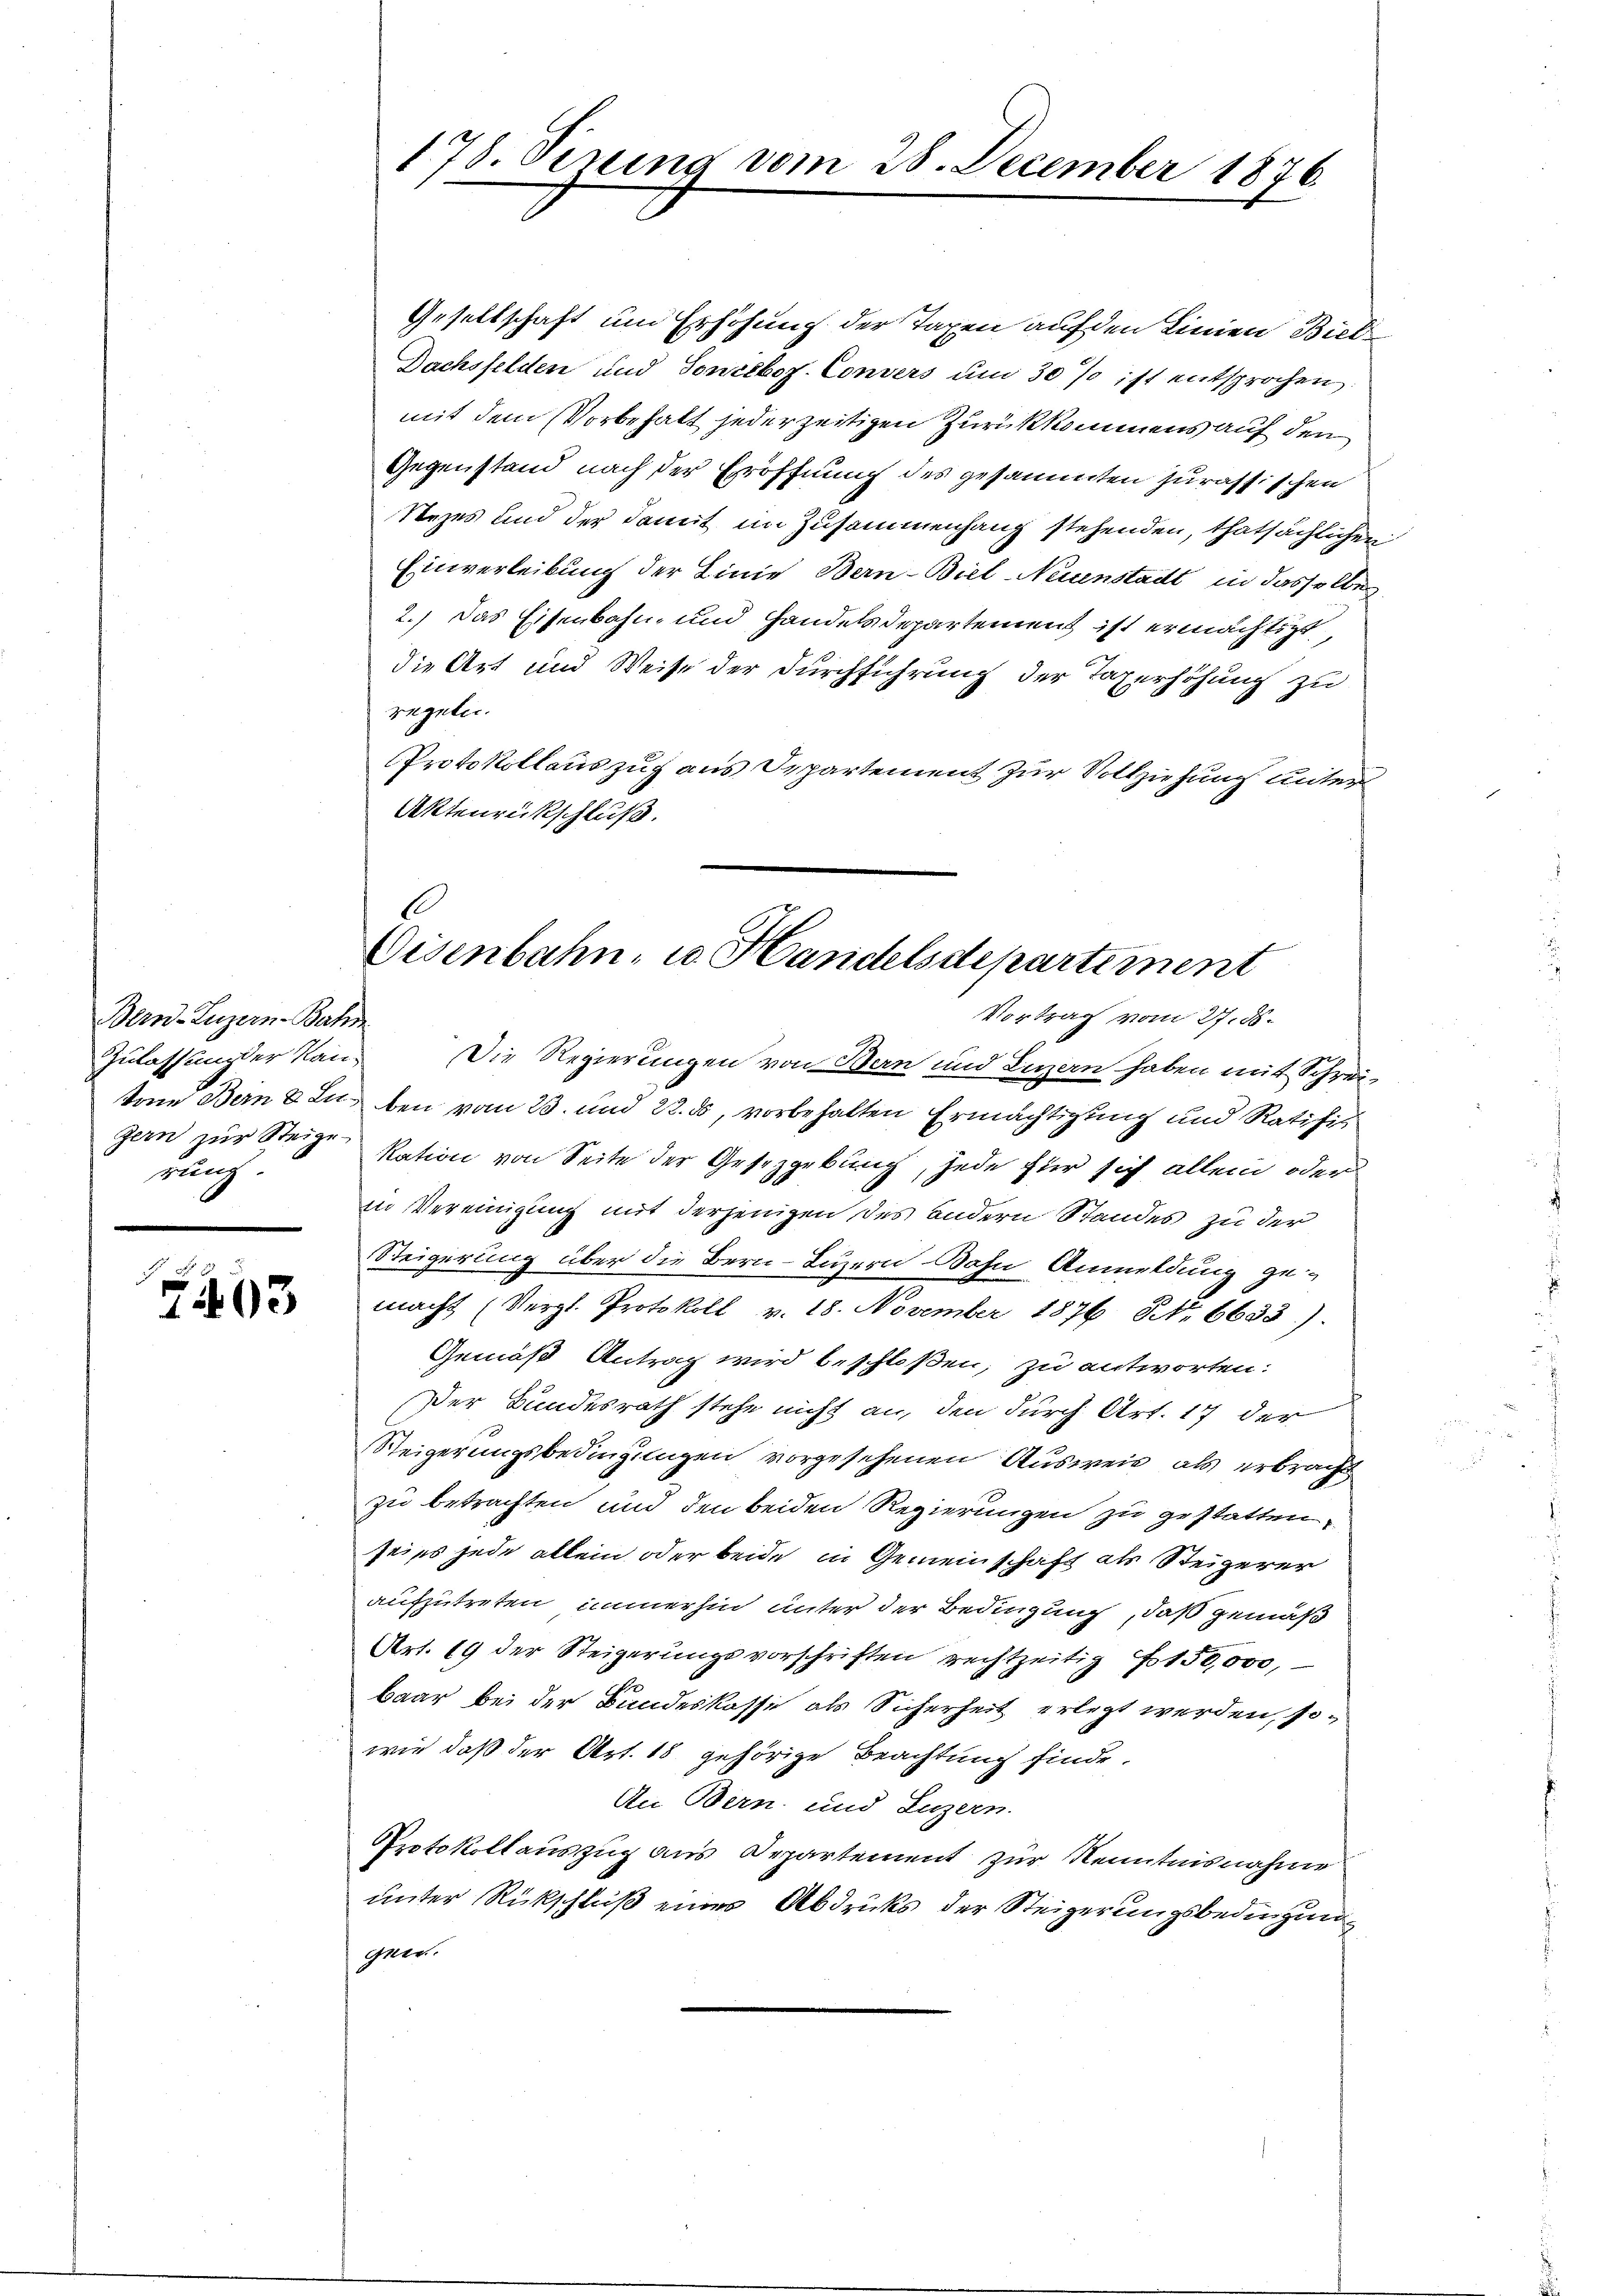
Bern-Luzern Bahn
Zulassung der Kanzern zur Steige
rung.

703

178. Sening vom 28. December 1876

Gesellschaft und Erhöhung der Taxen auf den Linien Biel¬
Dachsfelden und Soneboz. Convers um 30% ist entsprochen
mit dem Vorbehalt jederzeitigen Zurückkommens auf den
Gegenstand nach der Eröffnung des gesammten Jurassischen
Stezes und der damit im Zusammenhang stehenden, thatsächlichen
Einverleibung der Linie Bern-Biel Neuenstadt in dasselben
2.) Das Eisenbahn- und Handelsdepartement ist ermächtigt,
die Art und Weise der Durchführung der Taxerhöhung zu
regeln.
Protokollauszug aus Departement zur Vollziehung unter
Aktenrückschluß.
Vortrag vom 27. d.
Die Regierungen von Bern und Luzern haben mit Schreitone Bern & zu bei vom 23. und 22. ds, vorbehalten Ermächtigung und Ratifikation von Seite der Gesetzgebung, jede für sich allein oder
in Vereinigung mit derjenigen des andern Standes zu der
Steigerung über die Bern-Luzern Bahn Anmeldung gemacht (Vergl. Protokoll v. 18. November 1876 No 6633).
Gemäß Antrag wird beschloßen, zu antworten:
Der Bundesrath stehe nicht an, den durch Art. 17 der
Steigerungsbedingungen vorgesehenen Ausweis, als erbracht
zu betrachten und den beiden Regierungen zu gestatten,
sei es jede allein oder beide in Gemeinschaft als Steigerer
aufzutreten immerhin unter der Bedingung, daß gemäß
Art. 19 der Steigerungsvorschriften rechtzeitig f 150,000,
baar bei der Bundeskasse als Sicherheit erlegt werden, sowie daß der Art. 18 gehörige Beachtung finde.
An Bern, und Luzern.
Protokollauszug aus Departement zur Kenntnisnahme
unter Rückschluß eines Abdrucks der Steigerungsbedingun
gnen.

.
Eisenbahn, u. Handelsdepartement